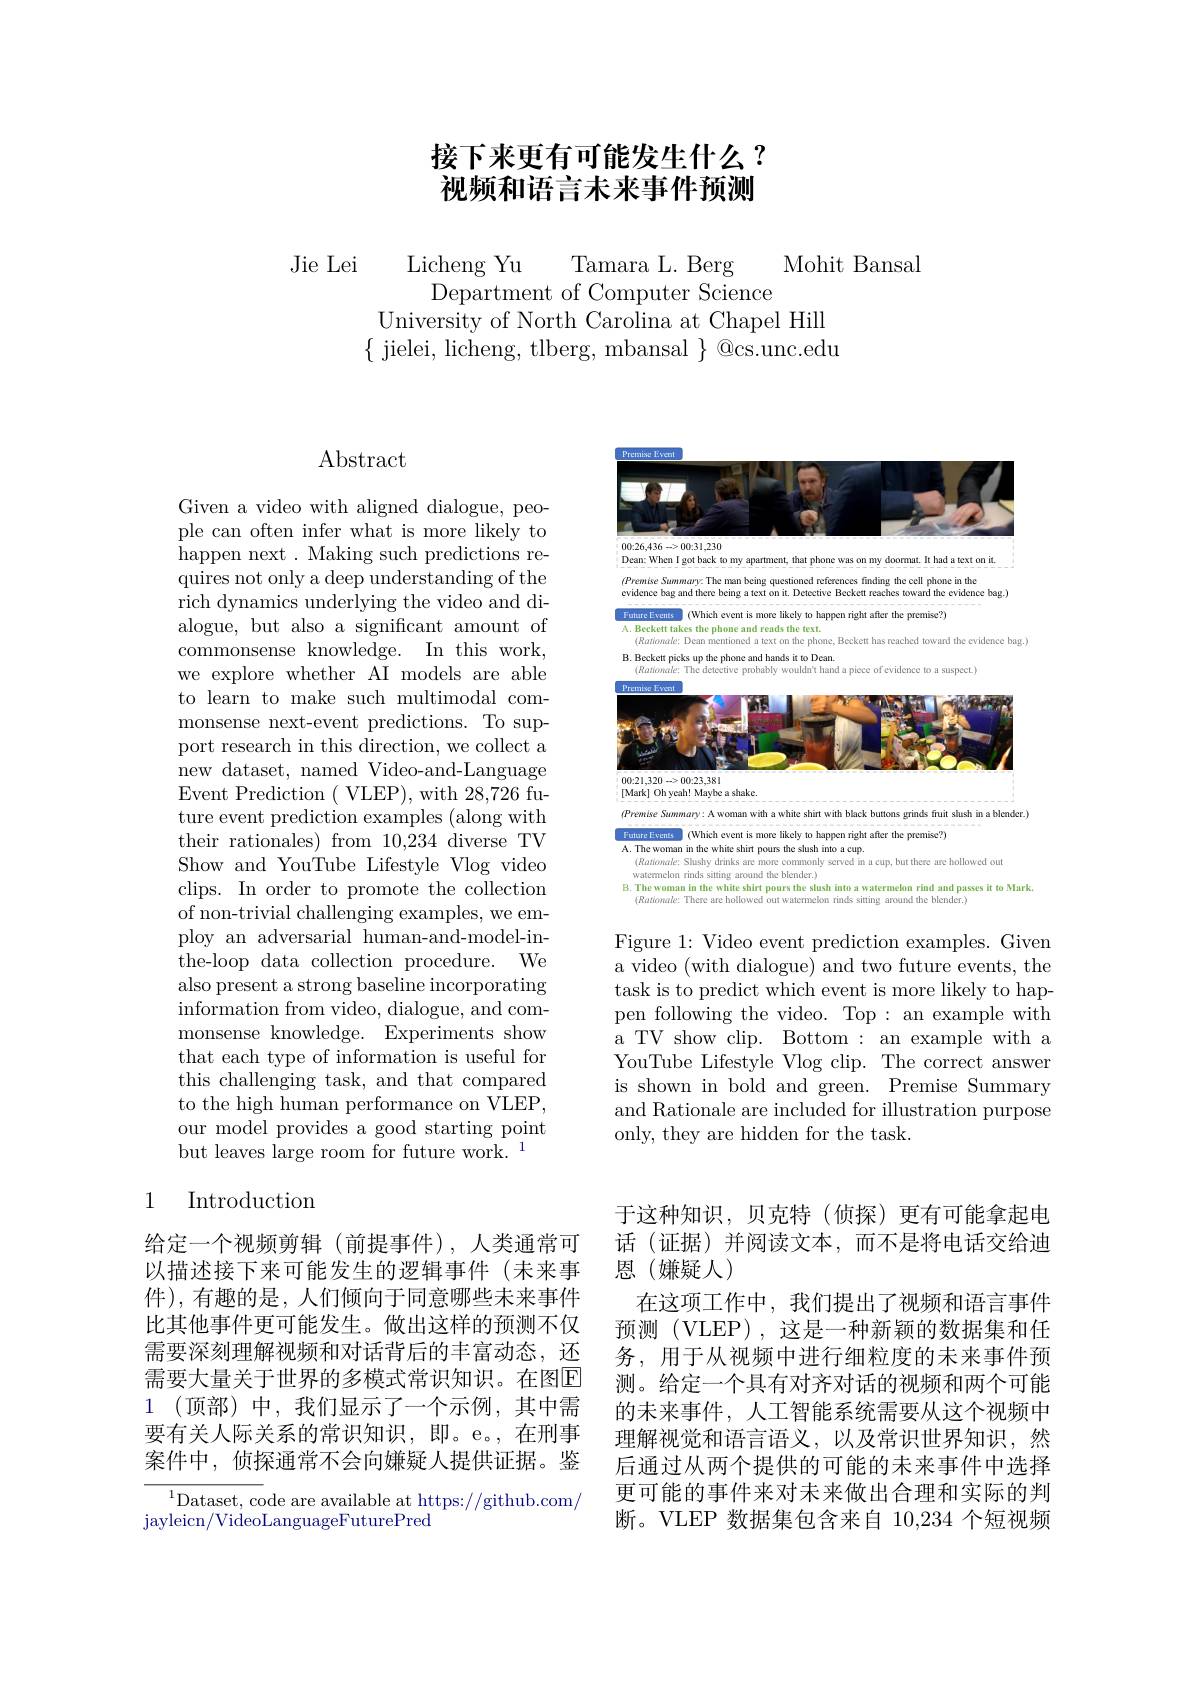
## 接下来更有可能发生什么？ 视频和语言未来事件预测

Jie Lei
Mohit Bansal
Tamara L. Berg
Licheng Yu
Department of Computer Science
University of North Carolina at Chapel Hill $\{$ jielei, licheng, tlberg, mbansal $\}$ @cs.unc.edu

## $\operatorname{Abstract}$

Given a video with aligned dialogue, people can often infer what is more likely to happen next . Making such predictions requires not only a deep understanding of the rich dynamics underlying the video and dialogue, but also a significant amount of commonsense knowledge. In this work, we explore whether AI models are able to learn to make such multimodal commonsense next-event predictions. To support research in this direction, we collect a new dataset, named Video- and- Language Event Prediction ( VLEP),with 28,726 future event prediction examples (along with their rationales) from 10,234 diverse TV Show and YouTube Lifestyle Vlog video clips. In order to promote the collection of non-trivial challenging examples, we employ an adversarial human-and-model-inthe-loop data collection procedure. We also present a strong baseline incorporating information from video, dialogue, and commonsense knowledge. Experiments show that each type of information is useful for this challenging task, and that compared to the high human performance on VLEP, our model provides a good starting point but leaves large room for future work. $^{1}$

## 1 Introduction

给定一个视频剪辑(前提事件),人类通常可以描述接下来可能发生的逻辑事件(未来事件),有趣的是，人们倾向于同意哪些未来事件比其他事件更可能发生。做出这样的预测不仅需要深刻理解视频和对话背后的丰富动态，还需要大量关于世界的多模式常识知识。在图E 1 (顶部)中，我们显示了一个示例，其中需要有关人际关系的常识知识，即。e。,在刑事案件中，侦探通常不会向嫌疑人提供证据。鉴

$^{1}$Dataset, code are available at https://github.com/
jayleicn/ VideoLanguageFuturePred

<FigureHere>

Figure 1: Video event prediction examples. Given a video (with dialogue) and two future events, the task is to predict which event is more likely to happen following the video. Top : an example with a TV show clip. Bottom : an example with a YouTube Lifestyle Vlog clip. The correct answer is shown in bold and green. Premise Summary and Rationale are included for illustration purpose only, they are hidden for the task.

于这种知识，贝克特(侦探)更有可能拿起电话(证据)并阅读文本，而不是将电话交给迪恩(嫌疑人)
在这项工作中，我们提出了视频和语言事件预测(VLEP),这是一种新颖的数据集和任务，用于从视频中进行细粒度的未来事件预测。给定一个具有对齐对话的视频和两个可能的未来事件，人工智能系统需要从这个视频中理解视觉和语言语义，以及常识世界知识，然后通过从两个提供的可能的未来事件中选择更可能的事件来对未来做出合理和实际的判断。VLEP 数据集包含来自10，234个短视频